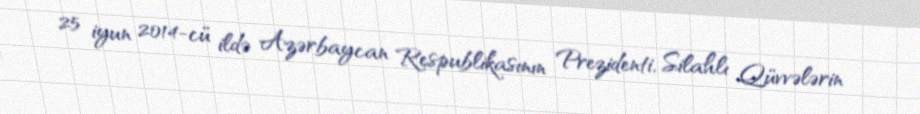
25 iyun 2014-cü ildə Azərbaycan Respublikasının Prezidenti, Silahlı Qüvvələrin